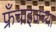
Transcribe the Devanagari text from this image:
फ्रँचाइजच्या